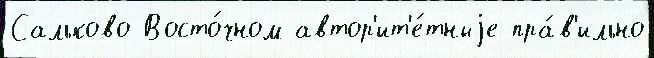
Сальково Восто́чном автор'ит'е́тныjе пра́в'ильно